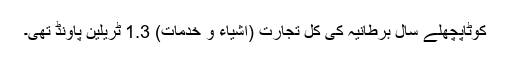
کوٹاپچھلے سال برطانیہ کی کل تجارت (اشیاء و خدمات) 1.3 ٹریلین پاؤنڈ تھی۔